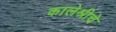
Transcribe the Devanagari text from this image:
कालेश्रीचे